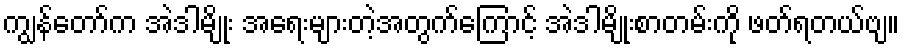
ကျွန်တော်က အဲဒါမျိုး အရေးများတဲ့အတွက်ကြောင့် အဲဒါမျိုးစာတမ်းကို ဖတ်ရတယ်ဗျ။